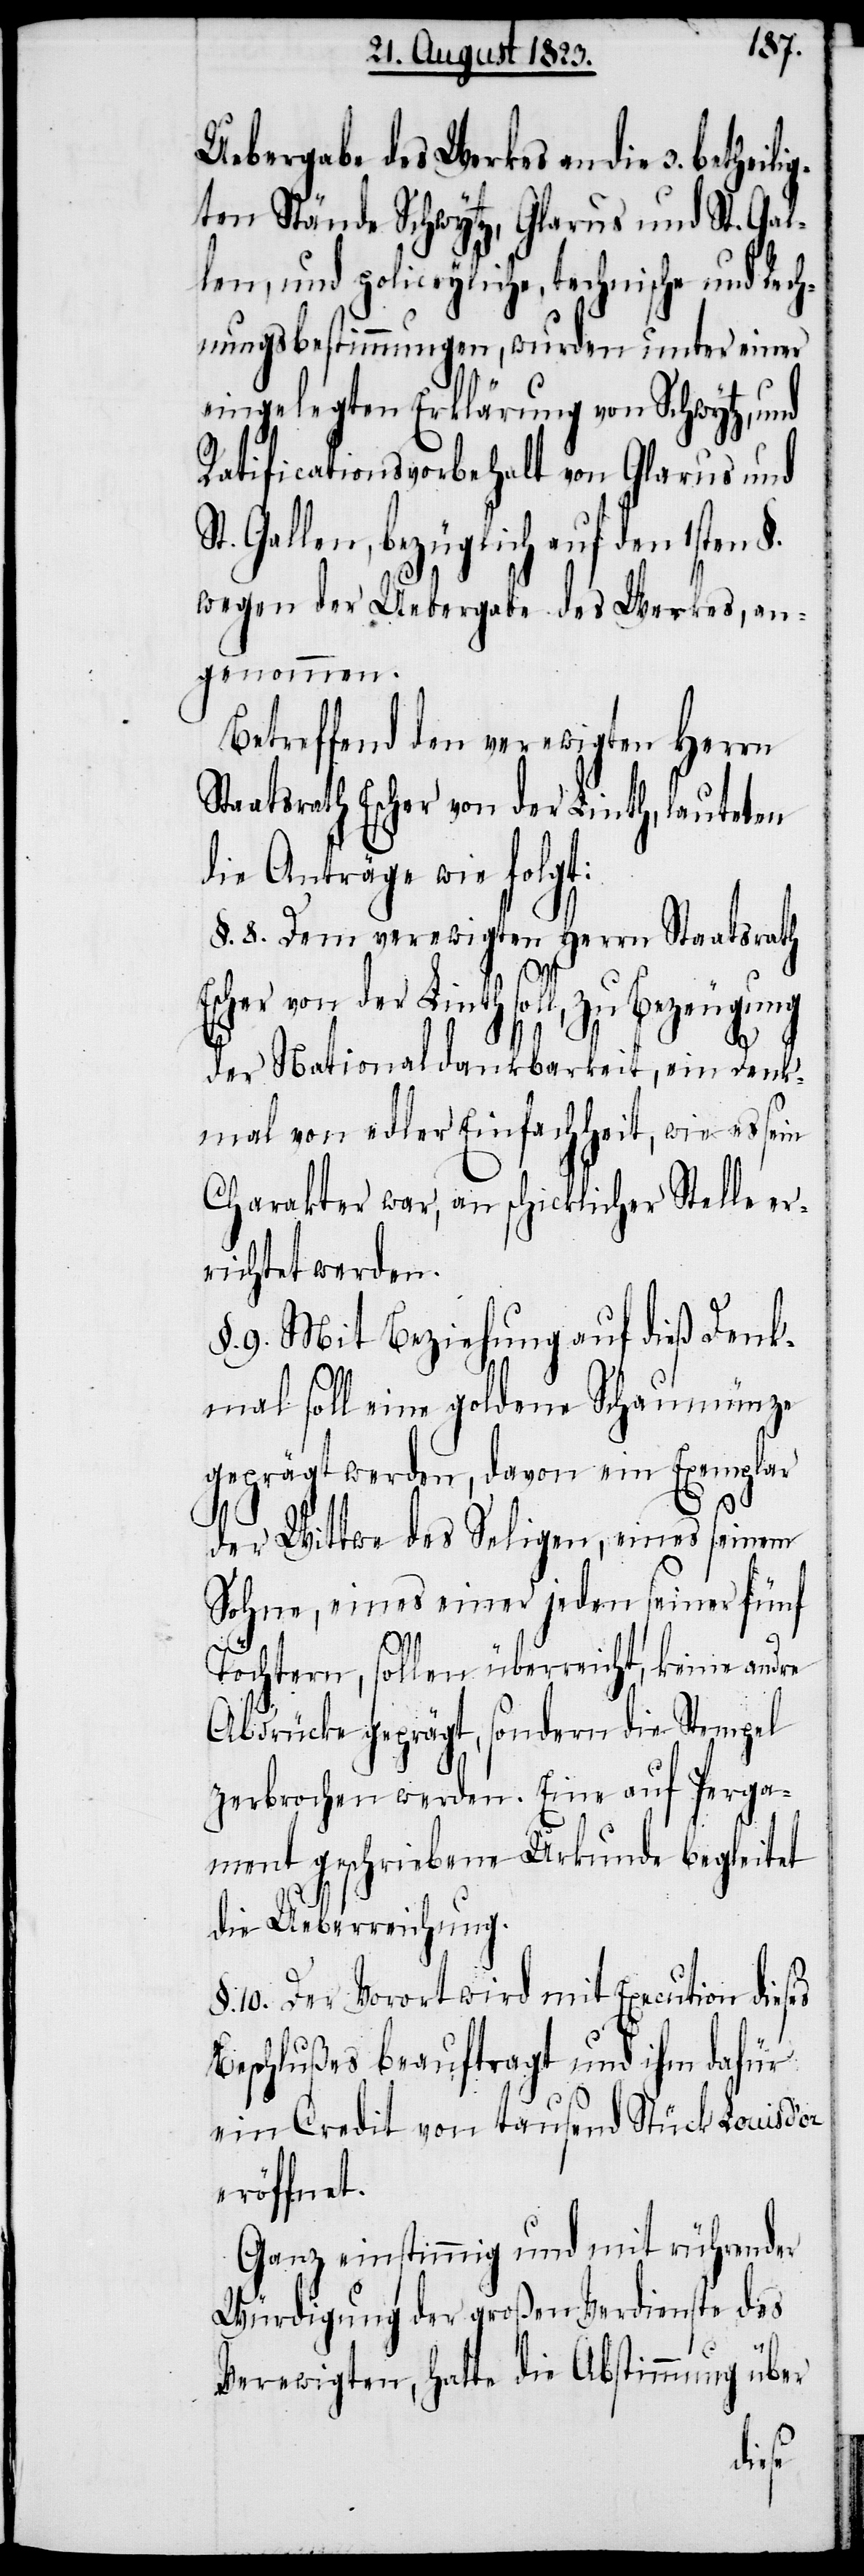
Uebergabe des Werkes an die 3. bethei¬
ten Stände Schwytz, Glarus und St. Gal¬
len, und policeyliche, technische und Rech¬
nungsbestimmungen, wurden unter einer
eingelegten Erklärung von Schwytz, und
Ratificationsvorbehalt von Glarus und
St. Gallen, bezüglich auf den 1sten §.
wegen der Uebergabe des Werkes, an¬
genommen.
Betreffend den verewigten Herrn
Staatsrath Escher von der Linth, lauteten
die Anträge wie folgt:
§. 8. Dem verewigten Herrn Staatsrath
Escher von der Linth soll, zu Bezeugung
der Nationaldankbarkeit, ein Denk¬
mal von edler Einfachheit, wie es sein
Charakter war, an schicklicher Stelle er¬
richtet werden.
§. 9. Mit Beziehung auf dieß Denk¬
mal soll eine goldene Schaumünze
geprägt werden, davon ein Exemplar
der Wittwe des Seligen, eines seinem
Sohne, eines einer jeden seiner fünf
Töchtern, sollen überreicht, keine andre
Abdrücke geprägt, sondern die Stempel
zerbrochen werden. Eine auf Perga¬
ment geschriebene Urkunde begleitet
die Ueberreichung.
§. 10. Der Vorort wird mit Execution dieses
Beschlußes beauftragt und ihm dafür
ein Credit von tausend Stück Louis d’or
eröffnet.
Ganz einstimmig und mit rührender
Würdigung der großen Verdienste des
Verewigten, hatte die Abstimmung über
lig¬